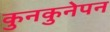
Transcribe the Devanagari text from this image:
कुनकुनेपन